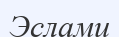
Эслами